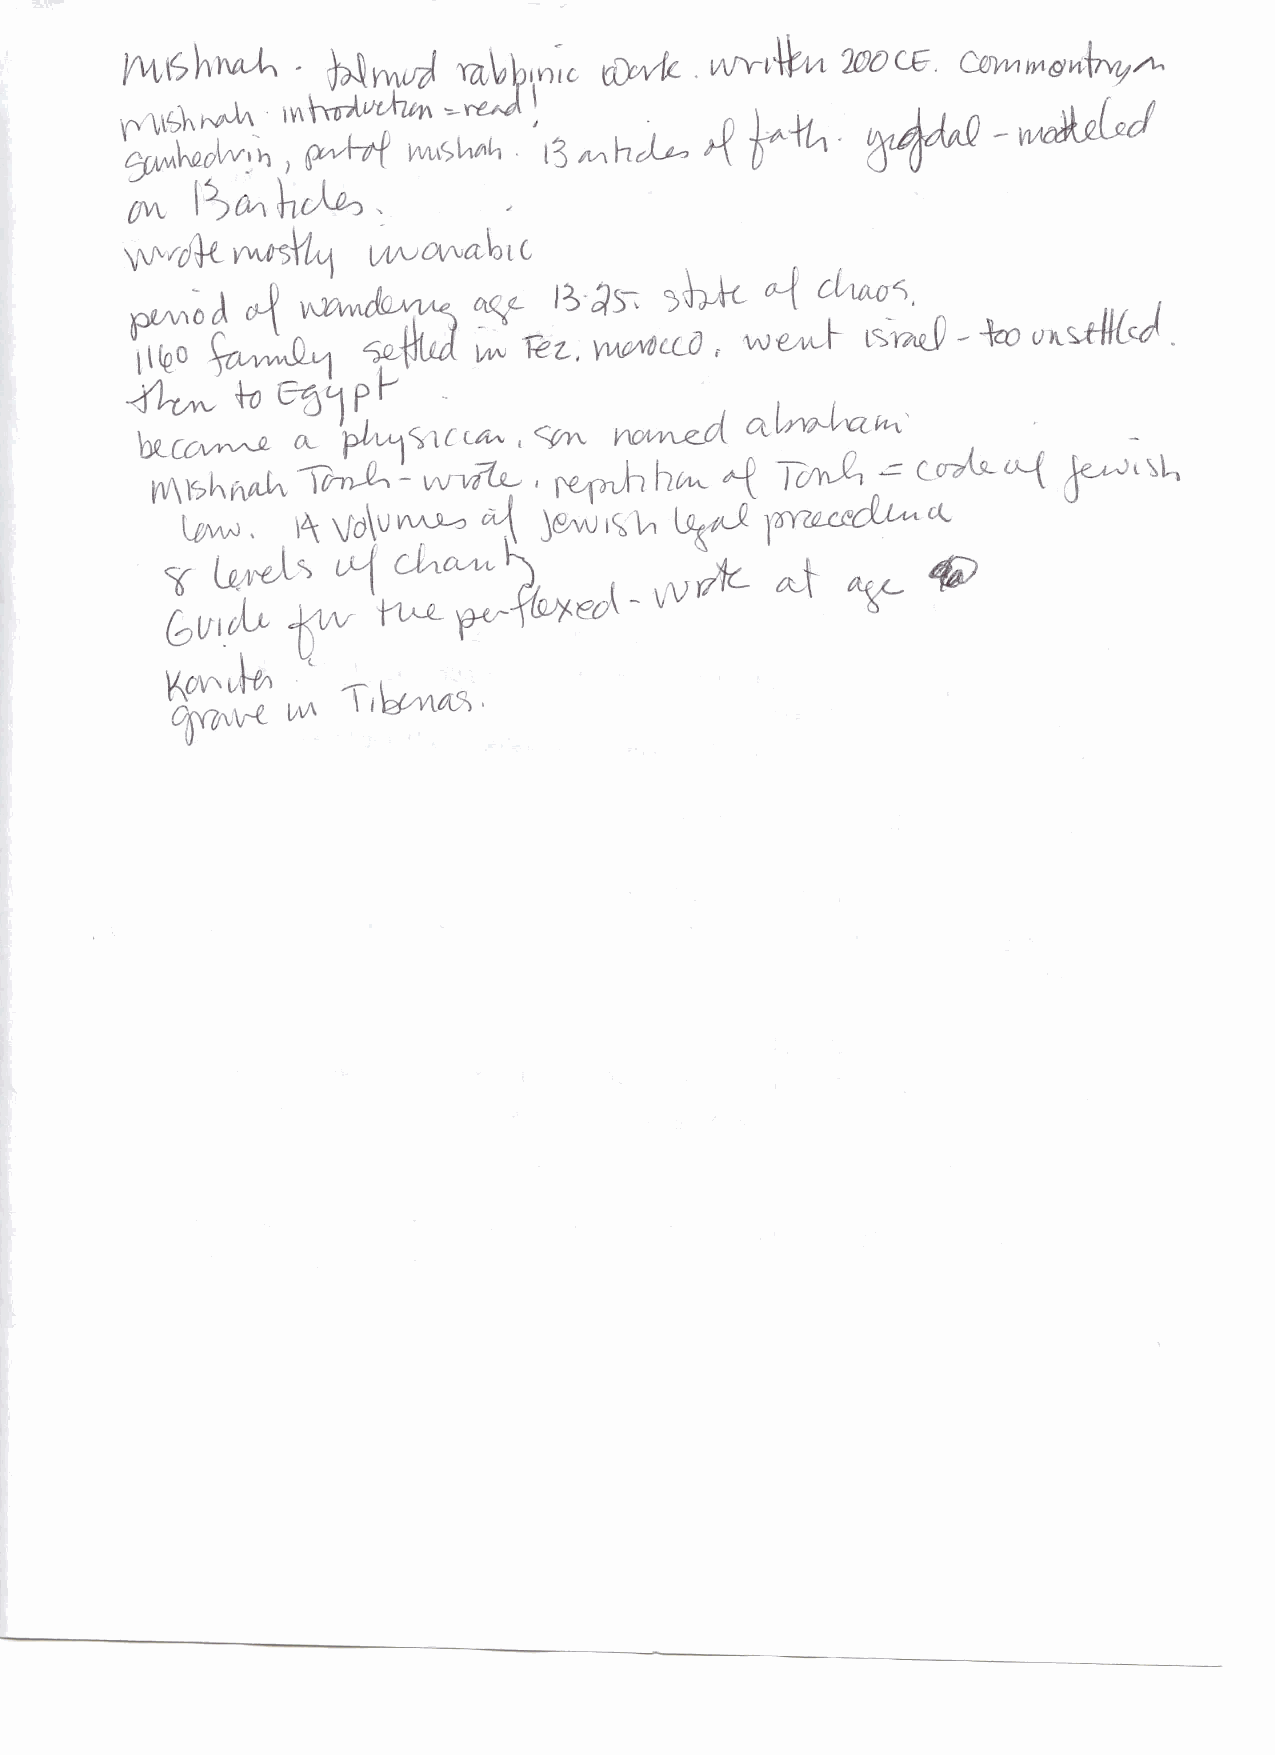
OY   \^o\\i(X^Y                                   •.
 biO^^Vi^^    lfAup^\CL^  , <^ VYM^^JZA  <^IA\^\ZM'
 b^
 ^kV^^k^   ' ^  ,               .